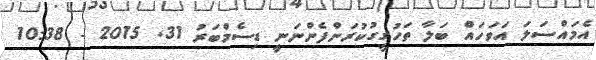
އެމައްސަލަ އަވަހައް ބަލާ ތަހުގީގުކުރަންފެންނަނީ ޑިސެމްބަރު 31